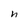
Character: h